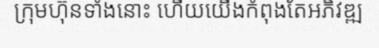
ក្រុមហ៊ុនទាំងនោះ ហើយយើងកំពុងតែអភិវឌ្ឍ